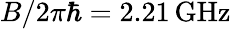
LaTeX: B/2\pi\hbar=2.21\, \mathrm{GHz}